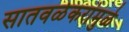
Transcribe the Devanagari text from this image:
सातवळेकरांमुळे